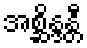
အစ္ဆိန္ဒန္တီ